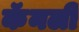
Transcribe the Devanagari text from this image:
कॅनली